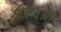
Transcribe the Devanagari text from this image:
वस्‍तओं